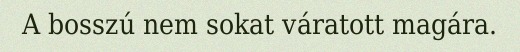
A bosszú nem sokat váratott magára.